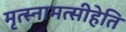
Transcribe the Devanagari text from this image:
मृत्स्नामत्सीहेति